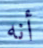
أنه